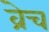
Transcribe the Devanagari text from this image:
व्रेच